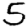
Digit: 5